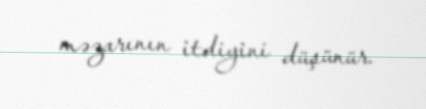
məzarının itdiyini düşünür.